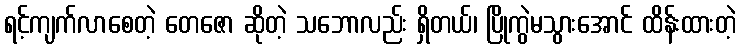
ရင့်ကျက်လာစေတဲ့ တေဇော ဆိုတဲ့ သဘောလည်း ရှိတယ်၊ ပြိုကွဲမသွားအောင် ထိန်းထားတဲ့